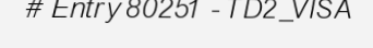
# Entry 80251 - TD2_VISA